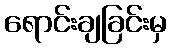
ရောင်းချခြင်းမှ